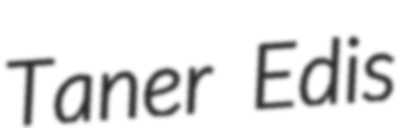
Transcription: Taner Edis